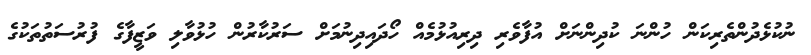
ނުކުޅެދުންތެރިކަން ހުންނަ ކުދިންނަށް އުފާވެރި ދިރިއުޅުމެއް ހޯދައިދިނުމަށް ސަރުކާރުން ހުޅުވާލި ވަޒީފާގެ ފުރުސަތުތަކުގެ